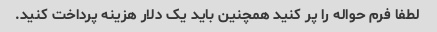
لطفا فرم حواله را پر کنید همچنین باید یک دلار هزینه پرداخت کنید.